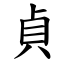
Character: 貞